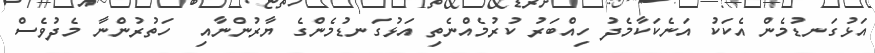
އަޅުގަނޑުމެން އެކަކު އަނެކަކާމެދު ހިއްބަރު ކުރުމެއްނެތި އަޅުގަނޑުމެންގެ ޔާރުންނާއި  ހަތުރުންނާ މެދުވެސް